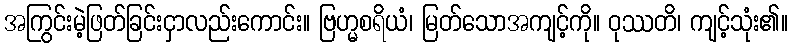
အကြွင်းမဲ့ဖြတ်ခြင်းငှာလည်းကောင်း။ ဗြဟ္မစရိယံ၊ မြတ်သောအကျင့်ကို။ ဝုဿတိ၊ ကျင့်သုံး၏။